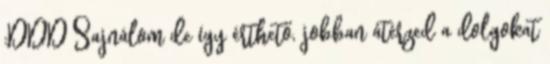
:DDD Sajnálom de így érthető, jobban átérzed a dolgokat